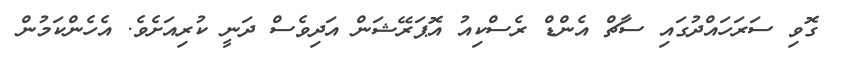
ގޮވި ސަރަހައްދުގައި ސާޗް އެންޑް ރެސްކިއު އޮޕަރޭޝަން އަދިވެސް ދަނީ ކުރިއަށެވެ. އެހެންކަމުން